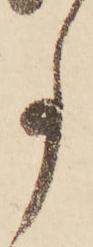
事